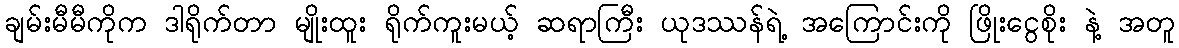
ချမ်းမီမီကိုက ဒါရိုက်တာ မျိုးထူး ရိုက်ကူးမယ့် ဆရာကြီး ယုဒဿန်ရဲ့ အကြောင်းကို ဖြိုးငွေစိုး နဲ့ အတူ